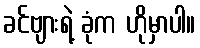
ခင်ဗျားရဲ့ ခုံက ဟိုမှာပါ။